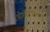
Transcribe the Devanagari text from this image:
थोगोटोविषाणु